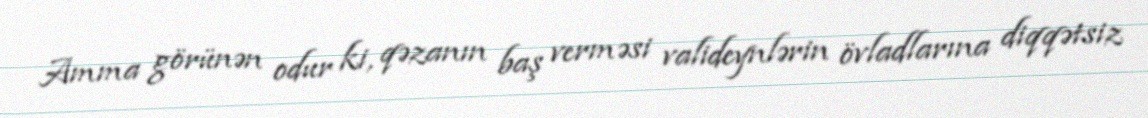
Amma görünən odur ki, qəzanın baş verməsi valideynlərin övladlarına diqqətsiz